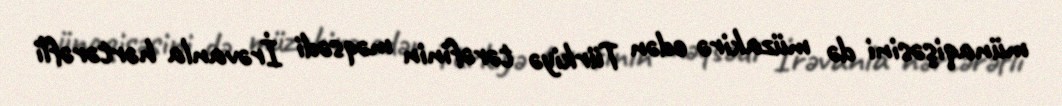
münaqişəsini də müzakirə edən Türkiyə tərəfinin məqsədi İrəvanla hərtərəfli